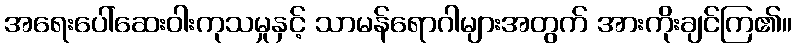
အရေးပေါ်ဆေးဝါးကုသမှုနှင့် သာမန်ရောဂါများအတွက် အားကိုးချင်ကြ၏။